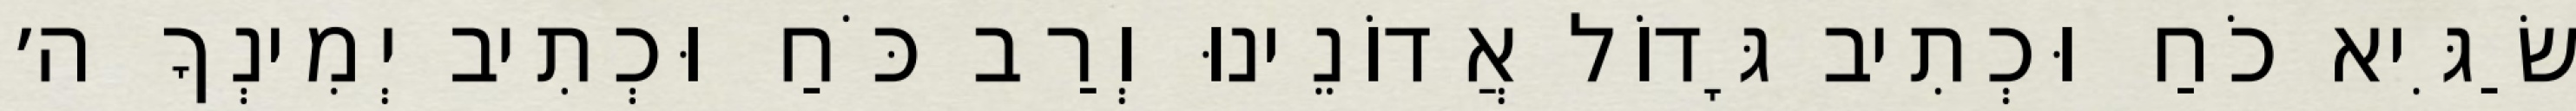
שַׂגִּיא כֹחַ וּכְתִיב גָּדוֹל אֲדוֹנֵינוּ וְרַב כֹּחַ וּכְתִיב יְמִינְךָ ה׳